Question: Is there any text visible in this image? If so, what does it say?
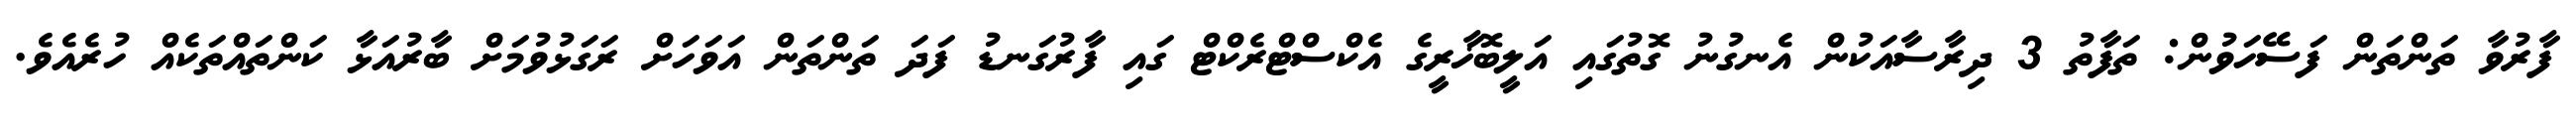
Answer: ފާރުވާ ތަންތަން ފަސޭހަވުން: ތަފާތު 3 ދިރާސާއަކުން އެނގުނު ގޮތުގައި އަލީބޮޚާރީގެ އެކްސްޓްރެކްޓް ގައި ފާރުގަނޑު ފަދަ ތަންތަން އަވަހަށް ރަގަޅުވުމަށް ބާރުއަޅާ ކަންތައްތަކެއް ހުރެއެވެ.